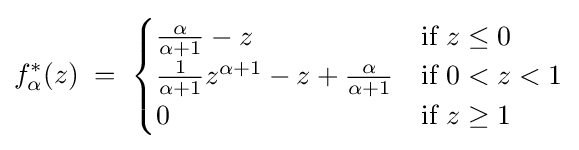
f_{\alpha }^{*}(z)\;=\;{\begin{cases}{\frac {\alpha }{\alpha +1}}-z&{\text{if }}z\leq 0\\{\frac {1}{\alpha +1}}z^{\alpha +1}-z+{\frac {\alpha }{\alpha +1}}&{\text{if }}0<z<1\\0&{\text{if }}z\geq 1\end{cases}}